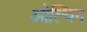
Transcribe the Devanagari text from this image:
ओल्विन